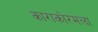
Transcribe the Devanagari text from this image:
काराकोरमला